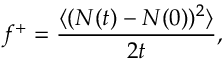
f ^ { + } = \frac { \langle ( N ( t ) - N ( 0 ) ) ^ { 2 } \rangle } { 2 t } ,